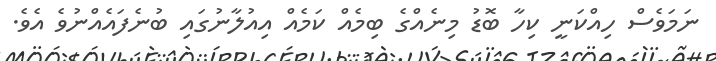
ނަމަވެސް ހިއްކަނީ ކިހާ ބޮޑު މިނެއްގެ ބިމެއް ކަމެއް އިއުލާނުގައި ބުނެފައެއްނުވެ އެވެ.